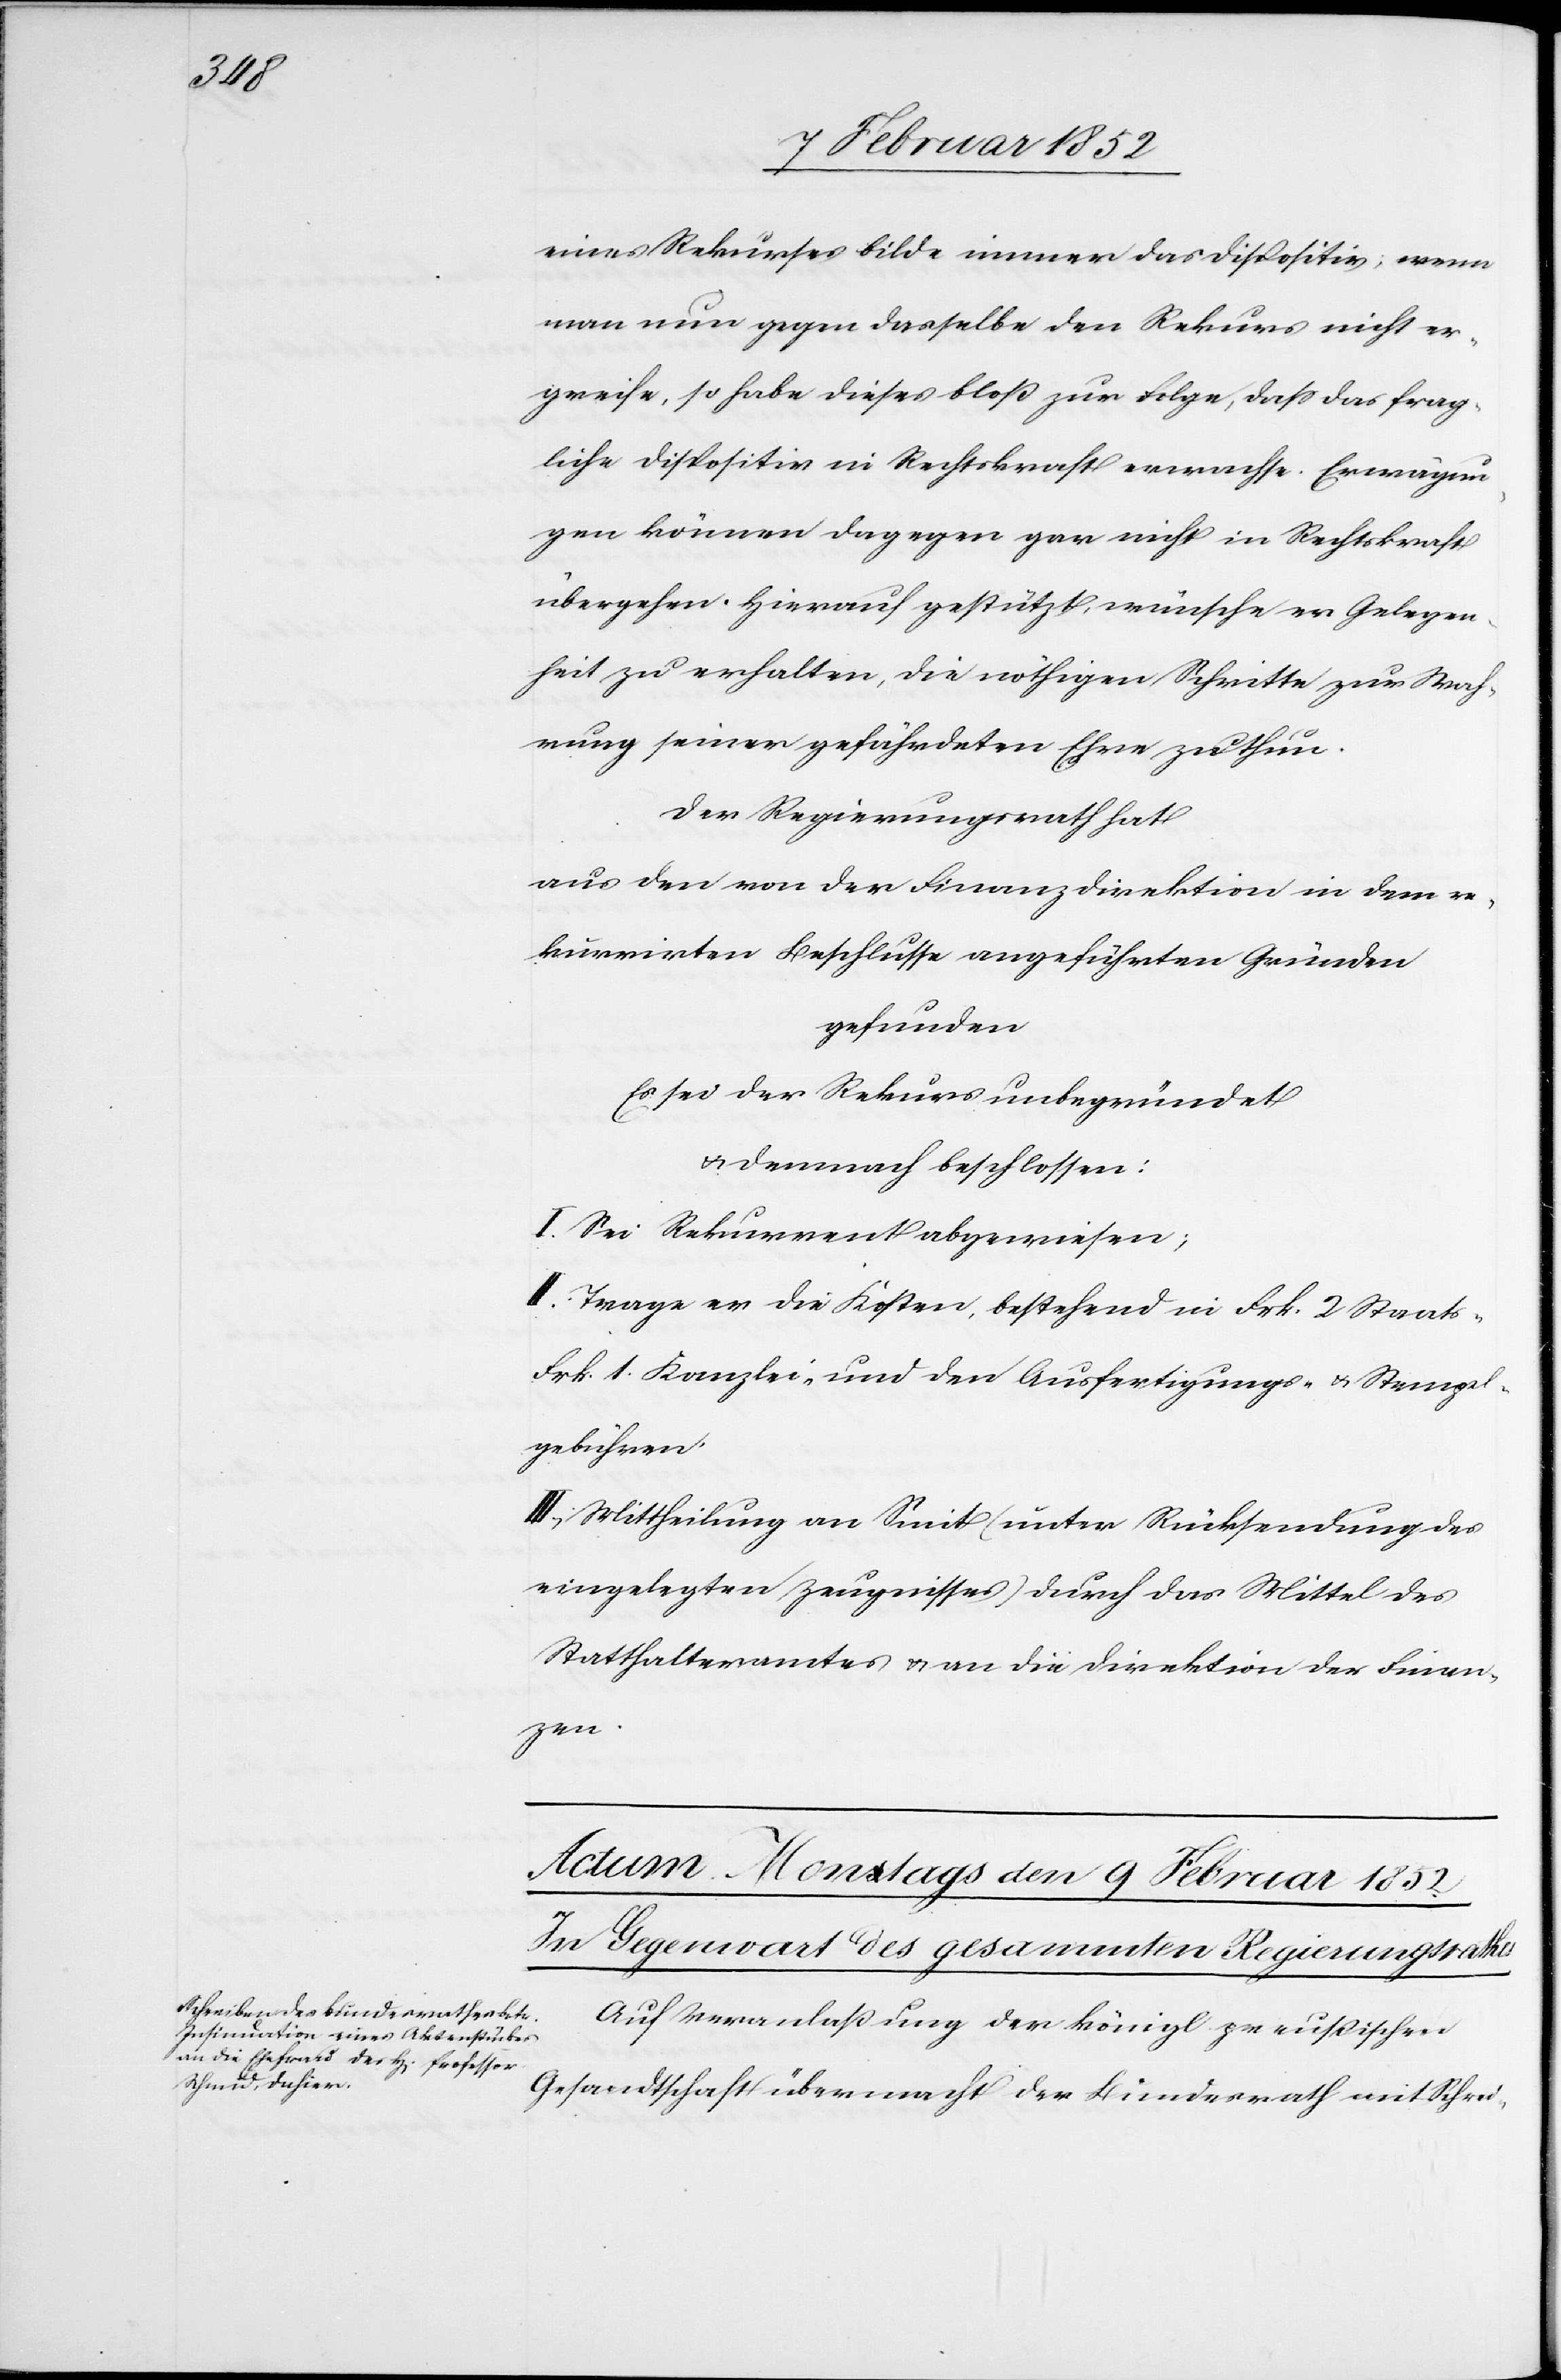
eines Rekurses bilde immer das Dispositiv, wenn
man nun gegen dasselbe den Rekurs nicht er¬
greife, so habe dieses bloß zur Folge, daß das frag¬
liche Dispositiv in Rechtskraft erwachse. Erwägun¬
gen können dagegen gar nicht in Rechtskraft
übergehen. Hierauf gestützt, wünsche er Gelegen¬
heit zu erhalten, die nöthigen Schritte zur Wah¬
rung seiner gefährdeten Ehre zu thun.
Der Regierungsrath hat
aus den von der Finanzdirektion in dem re¬
kurrirten Beschlusse angeführten Gründen
gefunden
Es sei der Rekurs unbegründet
u. demnach beschlossen:
I. Sei Rekurrent abgewiesen,
II. Trage er die Kosten, bestehen in Frk. 2 Staats-
Frk. 1. Kanzlei- und den Ausfertigungs- u. Stempel¬
gebühren.
III. Mittheilung an Smit (unter Rücksendung des
eingelegten Zeugnisses) durch das Mittel des
Statthalteramtes u. an die Direktion der Finan¬
zen.
Auf Veranlaßung der königl. preußischen
Gesandtschaft übermacht der Bundesrath mit Schrei-